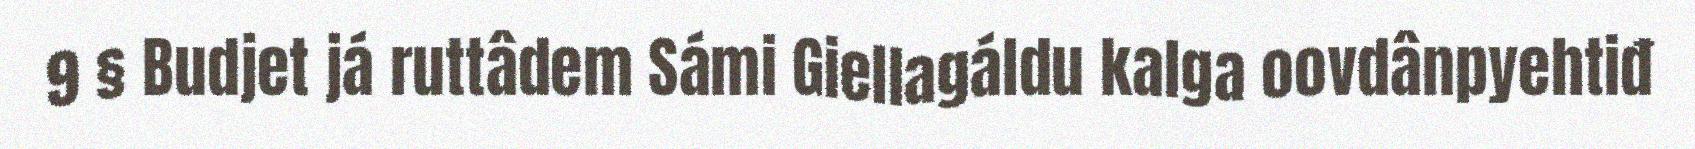
9 § Budjet já ruttâdem Sámi Giellagáldu kalga oovdânpyehtiđ